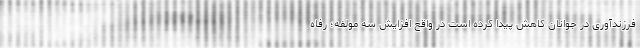
فرزندآوری در جوانان کاهش پیدا کرده است در واقع افزایش سه مولفه؛ رفاه